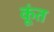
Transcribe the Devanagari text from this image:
कूंत